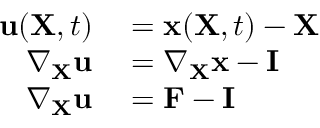
\begin{array} { r l } { \mathbf { u } ( \mathbf { X } , t ) } & { { } = \mathbf { x } ( \mathbf { X } , t ) - \mathbf { X } } \\ { \nabla _ { \mathbf { X } } \mathbf { u } } & { { } = \nabla _ { \mathbf { X } } \mathbf { x } - \mathbf { I } } \\ { \nabla _ { \mathbf { X } } \mathbf { u } } & { { } = \mathbf { F } - \mathbf { I } } \end{array}